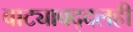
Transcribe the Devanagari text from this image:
वाट्याबद्दलही